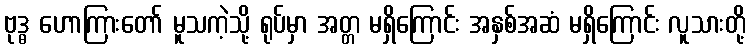
ဗုဒ္ဓ ဟောကြားတော် မူသကဲ့သို့ ရုပ်မှာ အတ္တ မရှိကြောင်း အနှစ်အဆံ မရှိကြောင်း လူသားတို့